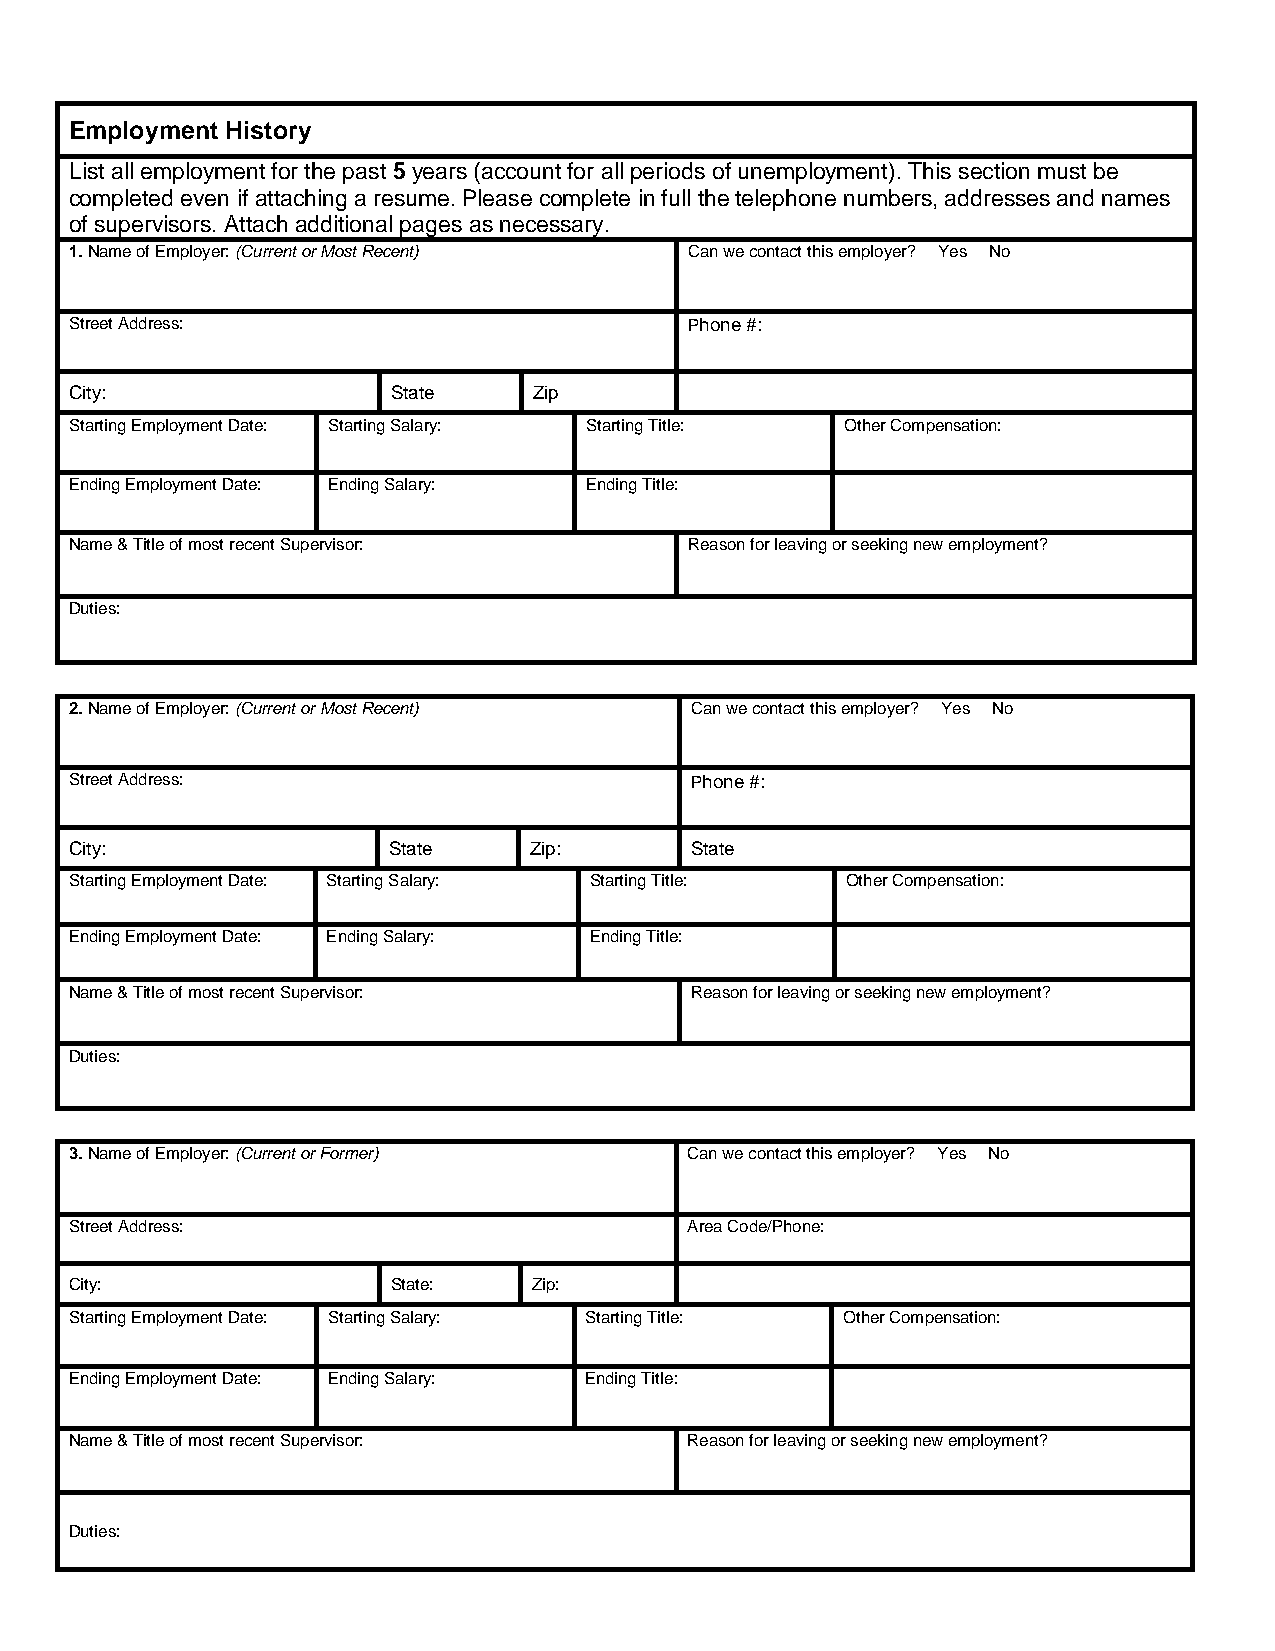
Employment History
 List all employment for the past 5 years (account for all periods of unemployment). This section must be
 completed even if attaching a resume. Please complete in full the telephone numbers, addresses and names
 of supervisors. Attach additional pages as necessary.
 1. Name of Employer: (Current or Most Recent) Can we contact this employer? Yes No
 Street Address:                          Phone #:
 City:                State    Zip
 Starting Employment Date: Starting Salary: Starting Title: Other Compensation:
 Ending Employment Date: Ending Salary: Ending Title:
 Name & Title of most recent Supervisor:  Reason for leaving or seeking new employment?
 Duties:
 2. Name of Employer: (Current or Most Recent) Can we contact this employer? Yes No
 Street Address:                          Phone #:
 City:                State    Zip:       State
 Starting Employment Date: Starting Salary: Starting Title: Other Compensation:
 Ending Employment Date: Ending Salary: Ending Title:
 Name & Title of most recent Supervisor:  Reason for leaving or seeking new employment?
 Duties:
 3. Name of Employer: (Current or Former) Can we contact this employer? Yes No
 Street Address:                          Area Code/Phone:
 City:                State:   Zip:
 Starting Employment Date: Starting Salary: Starting Title: Other Compensation:
 Ending Employment Date: Ending Salary: Ending Title:
 Name & Title of most recent Supervisor:  Reason for leaving or seeking new employment?
 Duties: